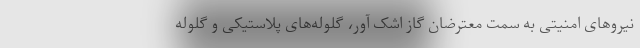
نیروهای امنیتی به سمت معترضان گاز اشک آور، گلوله‌های پلاستیکی و گلوله